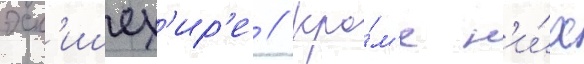
эск'ишех'ир'е // Кро́м'е н'и́х